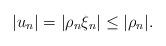
LaTeX: \begin{align*}|u_n|=|\rho_n\xi_n|\le |\rho_n|.\end{align*}